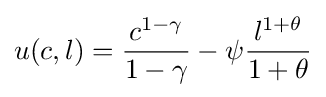
u(c,l)={\frac {c^{1-\gamma }}{1-\gamma }}-\psi {\frac {l^{1+\theta }}{1+\theta }}